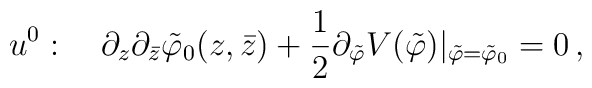
u^0:\quad \partial_z\partial_{\bar{z}}\tilde{\varphi}_0(z,\bar{z})+\frac{1}{2}\partial_{\tilde{\varphi}}V(\tilde{\varphi})|_{\tilde{\varphi}=\tilde{\varphi}_0}=0\,,